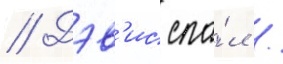
// Дэв'ис спа́л /